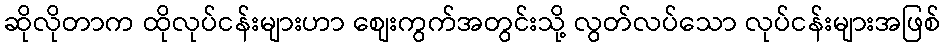
ဆိုလိုတာက ထိုလုပ်ငန်းများဟာ စျေးကွက်အတွင်းသို့ လွတ်လပ်သော လုပ်ငန်းများအဖြစ်